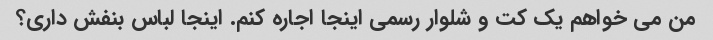
من می خواهم یک کت و شلوار رسمی اینجا اجاره کنم. اینجا لباس بنفش داری؟